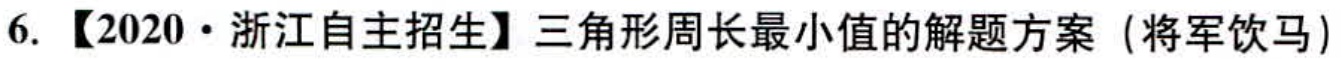
6. 【2020·浙江自主招生】三角形周长最小值的解题方案（将军饮马）